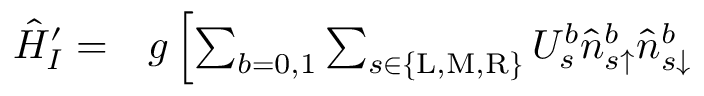
\begin{array} { r l } { \hat { H } _ { I } ^ { \prime } = } & { { } g \left[ \sum _ { b = 0 , 1 } \sum _ { s \in \{ \mathrm { L } , \mathrm { M } , \mathrm { R } \} } U _ { s } ^ { b } \hat { n } _ { s \uparrow } ^ { b } \hat { n } _ { s \downarrow } ^ { b } \right. } \end{array}